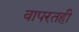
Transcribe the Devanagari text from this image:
वापरतही